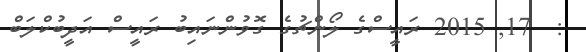
:  17